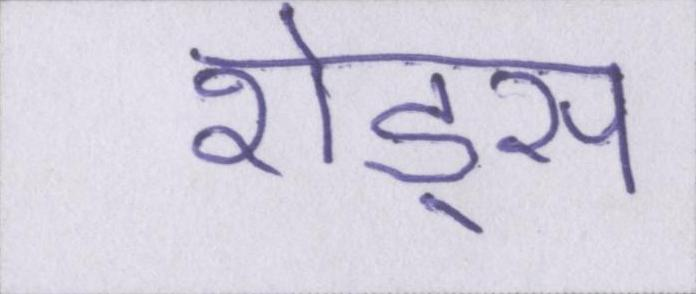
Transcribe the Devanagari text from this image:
शेड्स